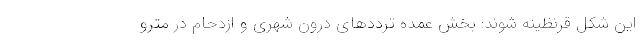
این شکل قرنظینه شوند: بخش عمده ترددهای درون شهری و ازدحام در مترو